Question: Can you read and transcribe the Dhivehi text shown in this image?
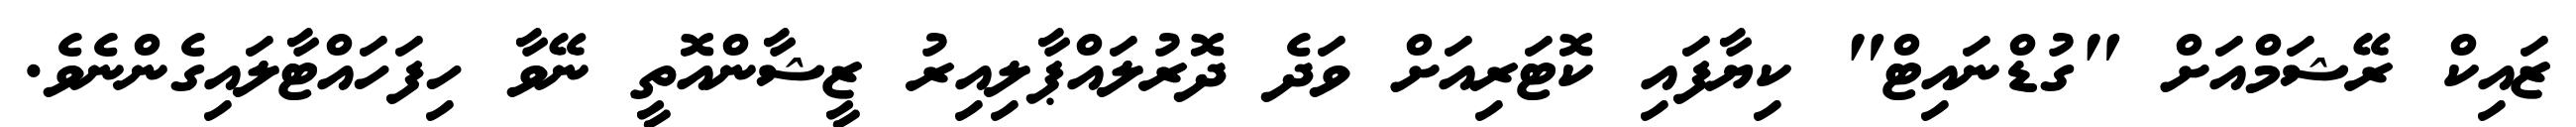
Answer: ޒައިކް ރޭޝަމްއަށް "ގުޑްނައިޓް" ކިޔާފައި ކޮޓަރިއަށް ވަދެ ދޮރުލައްޕާލިއިރު ޒީޝާންއޮތީ ނޭވާ ހިފަހައްޓާލައިގެންނެވެ.